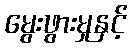
မွေးဖွားမှုနှင့်